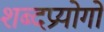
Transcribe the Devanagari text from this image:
शब्दप्रयोगों